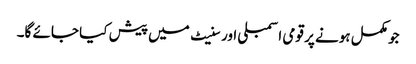
جو مکمل ہونے پر قومی اسمبلی اور سنیٹ میں پیش کیا جائے گا۔